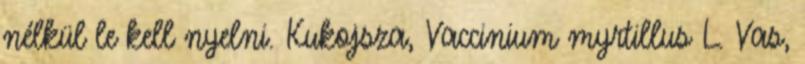
nélkül le kell nyelni. Kukojsza, Vaccinium myrtillus L. Vas,